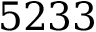
5 2 3 3